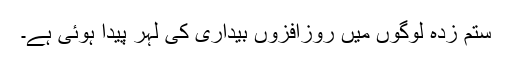
ستم زدہ لوگوں میں روزافزوں بیداری کی لہر پیدا ہوئی ہے۔